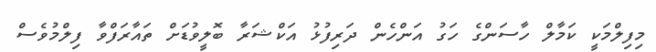
މިފިލްމަކީ ކަމާލް ހާސަންގެ ހަގު އަންހެން ދަރިފުޅު އަކްޝަރާ ބޮލީވުޑަށް ތައާރަފްވާ ފިލްމުވެސް